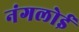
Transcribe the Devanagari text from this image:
नंगलोई